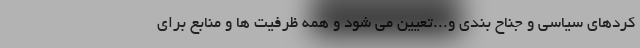
کردهای سیاسی و جناح بندی و...تعیین می شود و همه ظرفیت ها و منابع برای